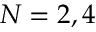
N = 2 , 4